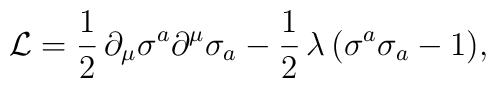
{\cal L}=\frac{1}{2}\,\partial_\mu\sigma^a\partial^\mu\sigma_a- \frac{1}{2}\,\lambda\,\bigl(\sigma^a\sigma_a - 1\bigr),